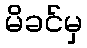
မိခင်မှ